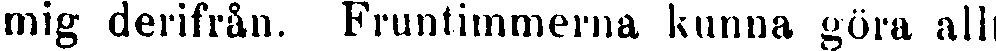
mig derifrån. Fruntimmerna kunna göra allt